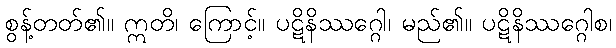
စွန့်တတ်၏။ ဣတိ၊ ကြောင့်။ ပဋိနိဿဂ္ဂေါ၊ မည်၏။ ပဋိနိဿဂ္ဂေါစ၊